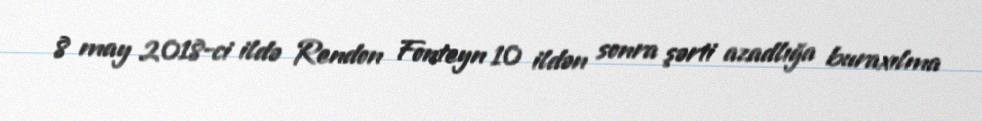
8 may 2018-ci ildə Rendon Fonteyn 10 ildən sonra şərti azadlığa buraxılma